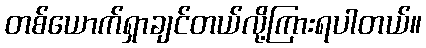
တစ်ယောက်ရှာချင်တယ်လို့ကြားရပါတယ်။